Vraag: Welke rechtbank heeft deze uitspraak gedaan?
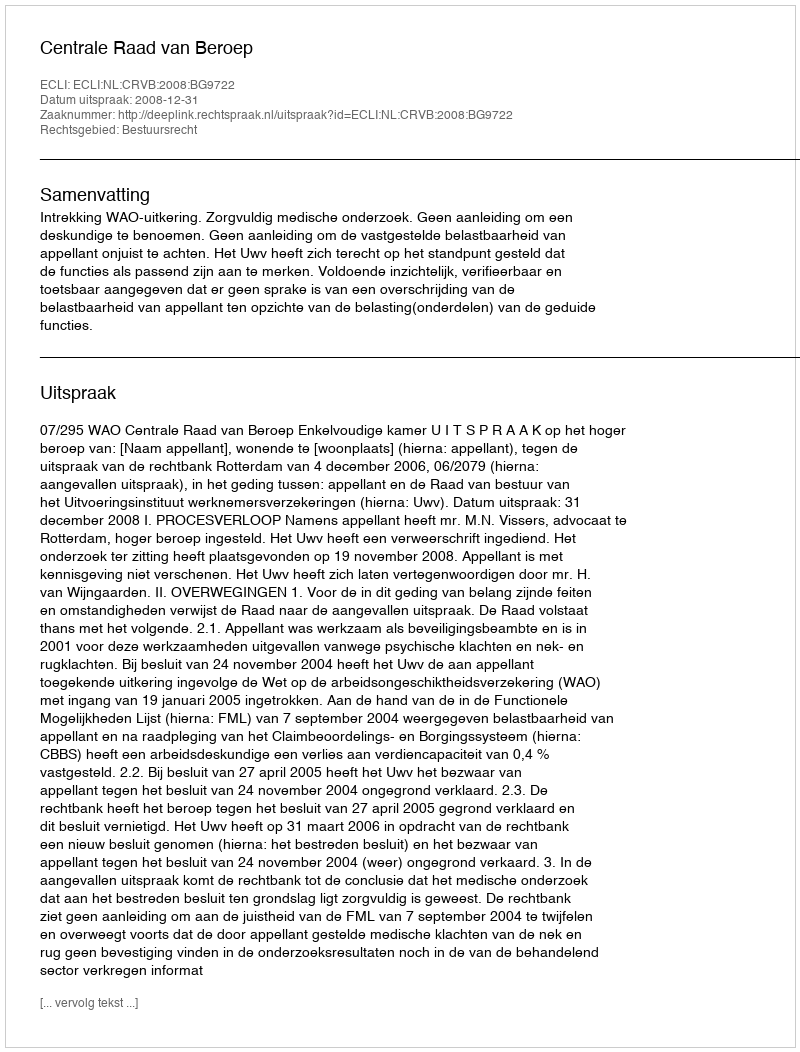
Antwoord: Centrale Raad van Beroep